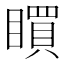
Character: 䁲